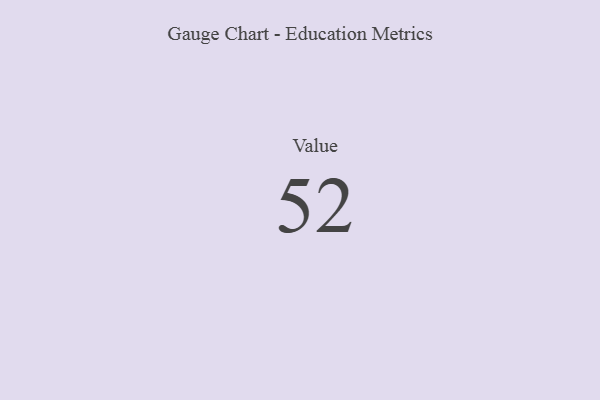
{"axis": {"x": "Metric", "y": "Value"}, "legend": [""], "data": [{"x": "Value", "y": 52, "type": ""}]}